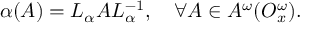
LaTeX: \alpha ( A ) = L _ { \alpha } A L _ { \alpha } ^ { - 1 } , ~ ~ ~ \forall A \in { \cal A } ^ { \omega } ( { \cal O } _ { x } ^ { \omega } ) .